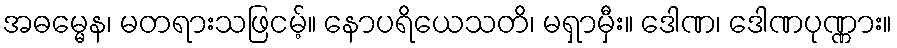
အဓမ္မေန၊ မတရားသဖြငမ့်။ နောပရိယေသတိ၊ မရှာမှီး။ ဒေါဏ၊ ဒေါဏပုဏ္ဏား။